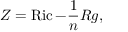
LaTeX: Z = \operatorname { R i c } - { \frac { 1 } { n } } R g ,